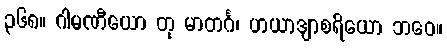
၃၆၈။ ဂါမဏီယော တု မာတင်္ဂ၊ ဟယာဒျာစရိယော ဘဝေ။